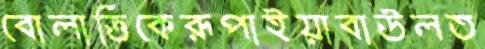
বোলাত্তিকেরূপাইয়াবাউলত